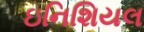
ઇનિશિયલ